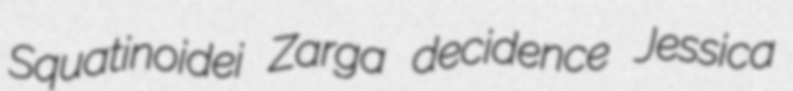
Squatinoidei Zarga decidence Jessica